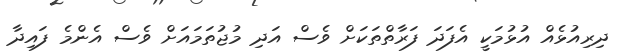
ދިރިއުޅެއް އުޅުމަކީ އެފަދަ ފަރާތްތަކަށް ވެސް އަދި މުޖުތަމައަށް ވެސް އެންމެ ފައިދާ